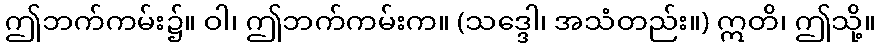
ဤဘက်ကမ်း၌။ ဝါ၊ ဤဘက်ကမ်းက။ (သဒ္ဒေါ၊ အသံတည်း။) ဣတိ၊ ဤသို့။